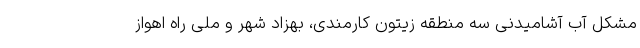
مشکل آب آشامیدنی سه منطقه زیتون کارمندی، بهزاد شهر و ملی راه اهواز